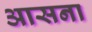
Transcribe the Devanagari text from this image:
आसना